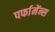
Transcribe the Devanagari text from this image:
पर्फामेंन्स